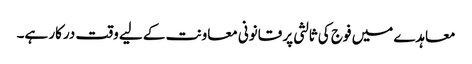
معاہدے میں فوج کی ثالثی پر قانونی معاونت کے لیے وقت درکار ہے۔